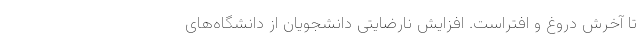
تا آخرش دروغ و افتراست. افزایش نارضایتی دانشجویان از دانشگاه‌های